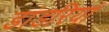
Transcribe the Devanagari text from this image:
डांडरियां